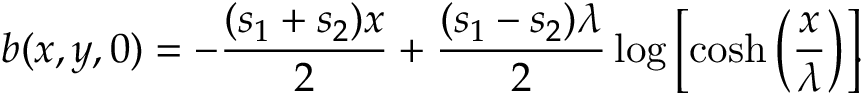
b ( x , y , 0 ) = - \frac { ( s _ { 1 } + s _ { 2 } ) x } { 2 } + \frac { ( s _ { 1 } - s _ { 2 } ) \lambda } { 2 } \log \left[ \cosh \left( \frac { x } { \lambda } \right) \right] \! \! .